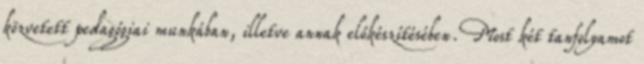
közvetett pedagógiai munkában, illetve annak előkészítésében. Most két tanfolyamot